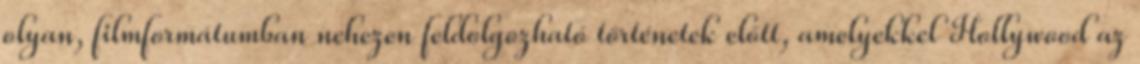
olyan, filmformátumban nehezen feldolgozható történetek előtt, amelyekkel Hollywood az